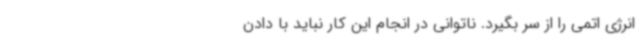
انرژی اتمی را از سر بگیرد. ناتوانی در انجام این کار نباید با دادن